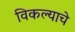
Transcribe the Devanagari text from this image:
विकल्याचे